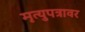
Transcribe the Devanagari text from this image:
मृत्युपत्रावर